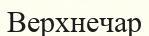
Верхнечар